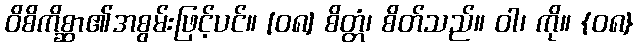
ဝိစိကိစ္ဆာ၏အစွမ်းဖြင့်ပင်။ [၀၈] စိတ္တံ၊ စိတ်သည်။ ဝါ၊ ကို။ {၀၈}